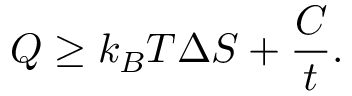
Q \ge k _ { B } T \Delta S + \frac { C } { t } .